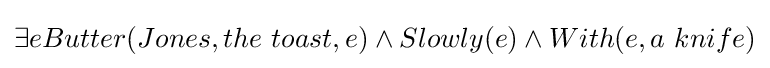
\exists eButter(Jones,the\ toast,e)\land Slowly(e)\land With(e,a\ knife)